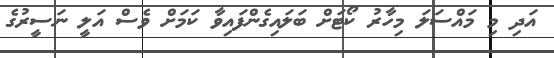
އަދި މި މައްސަލަ މިހާރު ކޯޓަށް ބަލައިގެންފައިވާ ކަމަށް ވެސް އަލީ ނަސީރުގެ